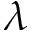
\lambda